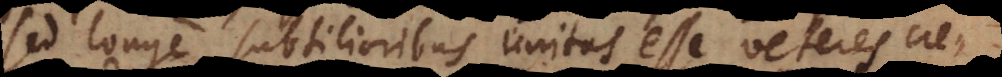
sed longe subtilioribus unitas esse veteres cre